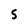
Character: 5